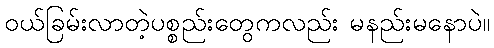
ဝယ်ခြမ်းလာတဲ့ပစ္စည်းတွေကလည်း မနည်းမနောပဲ။